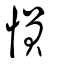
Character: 愪